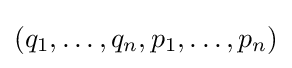
(q_{1},\dotsc ,q_{n},p_{1},\dotsc ,p_{n})